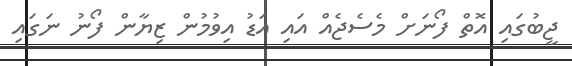
ޖީބުގައި އޮތް ފޯނަށް މެސެޖެއް އައި އަޑު އިވުމުން ޒިޔާން ފޯނު ނަގައި